Report of the Municipal Commissioner on the plague in Bombay for the year ending 31st May... - Volume 3
Disease focus: Plague
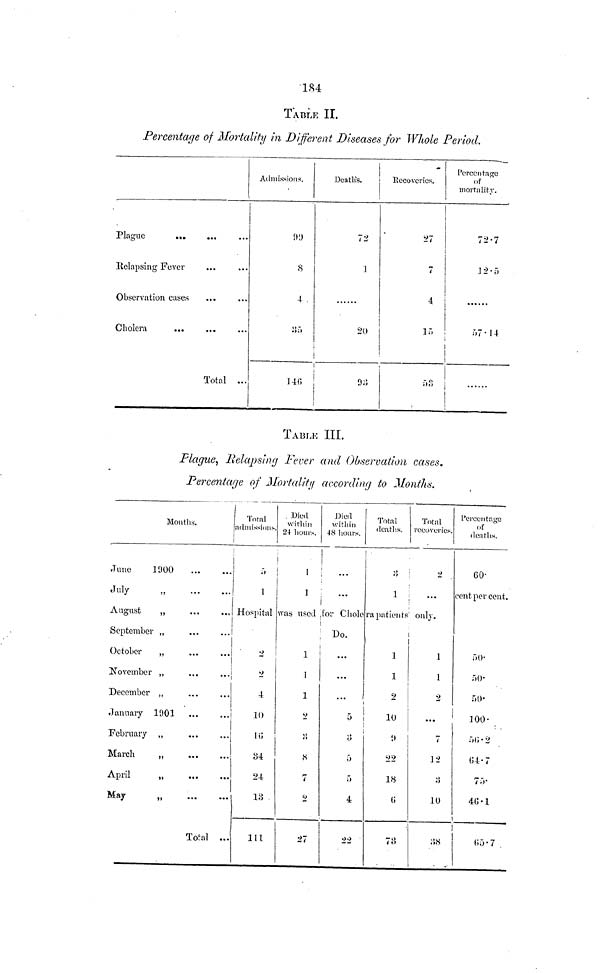
184
TABLE II.
Percentage of Mortality in Different Diseases for Wliole Period.
Plague
...
Relapsing Fever
Observation cases
Cholera
Total ...
Admissions.
99
8
4 .
35
146i
Deaths.
72
\
20
|
93
i
Recoveries.
27
r*
4
15
53
Percentage
of
mortality.
72.7
12.5
j
TABLE III.
Plague, Relapsing Fever and Observation cases.
Percentage of Mortality according to Months.
U
«'
€.'
*s
i
Montlis.
June
1900
July
„
August
„
September ,,
October
,,
November „
December ,,
January
1901
February „
March
,,
April
„
May
,
Total ...
Total
admission:-.
5
1
Die I
within
24 hours.
1
1
.Died
within
48 hours.
...
Total
deaths.
Total
recoveries.
3
2
Hospital was used .for Cholera patients' only.
2
2
4
10
16
34
24
13
111
Do.
1
1
1
2
.3
8
7
2
27
...
...
...
1
1
2
5 !
10
5
5
4
22
9
22
18
73
1
1
2
7
12
3
10
38
Percentage
of
deaths.
60
cent per cent.
50-
50
50
100
56.2
64.7
75
46.1
]
65.7